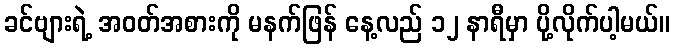
ခင်ဗျားရဲ့ အဝတ်အစားကို မနက်ဖြန် နေ့လည် ၁၂ နာရီမှာ ပို့လိုက်ပါ့မယ်။